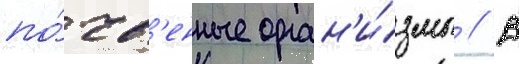
по́чв'енные орган'и́змы // В